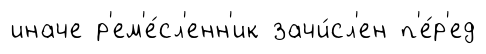
иначе р'ем'е́сл'енн'ик зачи́сл'ен п'е́р'ед